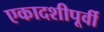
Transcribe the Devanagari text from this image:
एकादशीपूर्वी